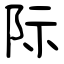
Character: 际